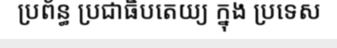
ប្រព័ន្ធ ប្រជាធិបតេយ្យ ក្នុង ប្រទេស